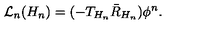
{ \cal L } _ { n } ( H _ { n } ) = ( - T _ { H _ { n } } \bar { R } _ { H _ { n } } ) \phi ^ { n } .